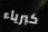
كبرياء